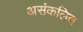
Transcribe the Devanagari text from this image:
असंकलित